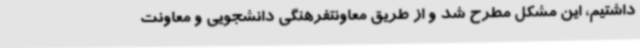
داشتیم، این مشکل مطرح شد و از طریق معاونتفرهنگی دانشجویی و معاونت